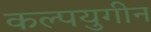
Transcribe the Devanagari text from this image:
कल्पयुगीन